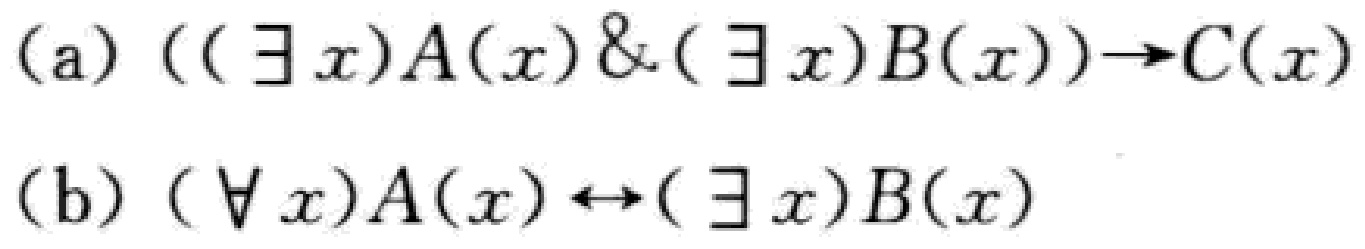
(a) $((\exists x)A(x)\&(\exists x)B(x))\to C(x)$

(b) $(\forall x)A(x)\leftrightarrow(\exists x)B(x)$